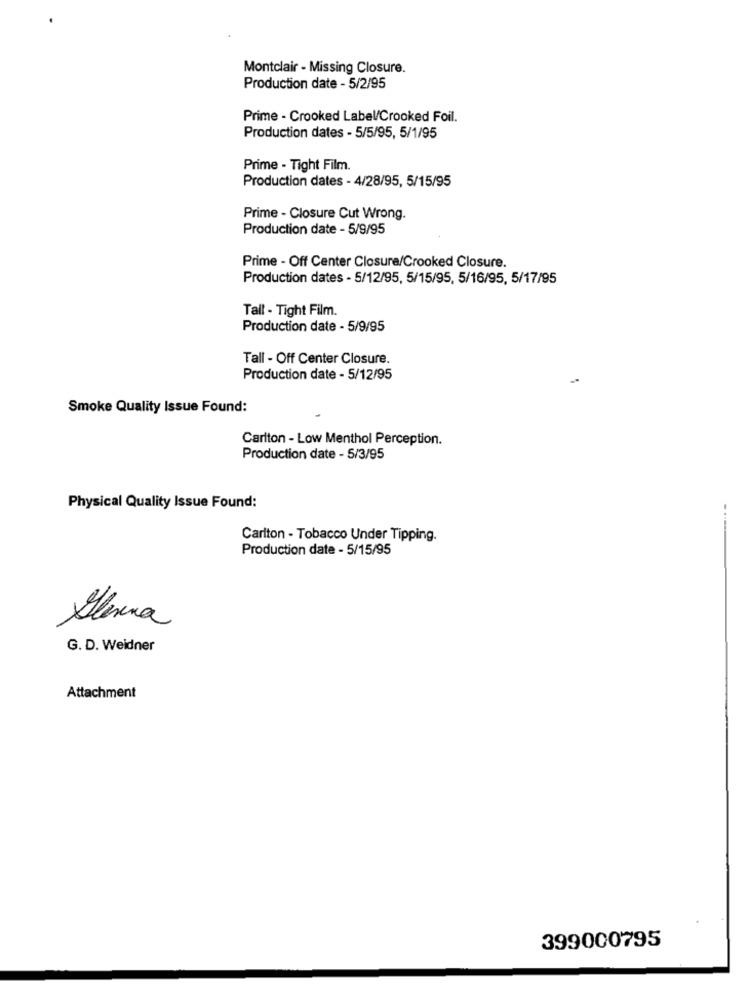
Montclair - Missing Closure.
Production date - 5/2/95
Prime - Crooked Label/Crooked Foil.
Production dates - 5/5/95, 5/1/95
Prime - Tight Film.
Production dates - 4/28/95, 5/15/95
Prime - Closure Cut Wrong.
Production date - 5/9/95
Prime - Off Center Closure/Crooked Closure.
Production dates - 5/12/95, 5/15/95, 5/16/95, 5/17/95
Tall - Tight Film.
Production date - 5/9/95
Tall - Off Center Closure.
Production date - 5/12/95
Smoke Quality Issue Found:
Carlton - Low Menthol Perception.
Production date - 5/3/95
Physical Quality Issue Found:
Carlton - Tobacco Under Tipping.
Production date - 5/15/95
Glenna
G. D. Weidner
Attachment
399000795